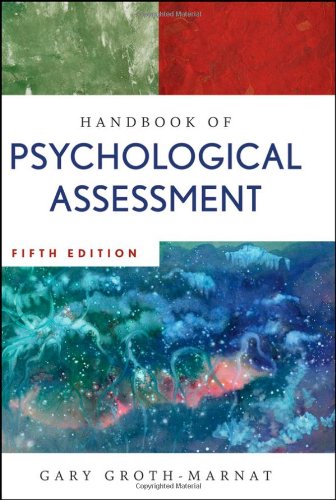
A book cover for Handbook of Psychological Assessment; Gary Groth-Marnat; Medical Books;